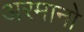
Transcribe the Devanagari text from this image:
अरमानो